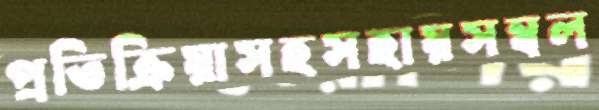
প্রতিক্রিয়াসহসহায়সম্বল